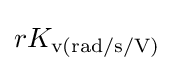
rK_{\text{v(rad/s/V)}}